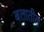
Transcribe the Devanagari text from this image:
बलातील